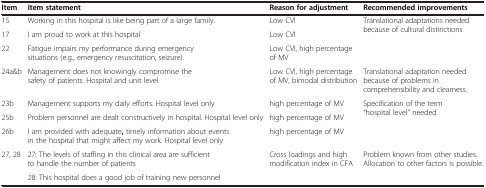
<table><thead><tr><td><b>Item</b></td><td><b>Item statement</b></td><td><b>Reason for adjustment</b></td><td><b>Recommended improvements</b></td></tr></thead><tbody><tr><td>15</td><td>Working in this hospital is like being part of a large family.</td><td>Low CVI</td><td rowspan="3">Translational adaptations needed because of cultural distinctions</td></tr><tr><td>17</td><td>I am proud to work at this hospital</td><td>Low CVI</td></tr><tr><td>22</td><td>Fatigue impairs my performance during emergency situations (e.g., emergency resuscitation, seizure).</td><td>Low CVI, high percentage of MV</td></tr><tr><td>24a&amp;b</td><td>Management does not knowingly compromise the safety of patients. Hospital and unit level</td><td>Low CVI, high percentage of MV, bimodal distribution</td><td>Translational adaptation needed because of problems in comprehensibility and clearness.</td></tr><tr><td>23b</td><td>Management supports my daily efforts. Hospital level only</td><td>high percentage of MV</td><td rowspan="3">Specification of the term “hospital level” needed</td></tr><tr><td>25b</td><td>Problem personnel are dealt constructively in hospital. Hospital level only</td><td>high percentage of MV</td></tr><tr><td>26b</td><td>I am provided with adequate<b>,</b> timely information about events in the hospital that might affect my work. Hospital level only</td><td>high percentage of MV</td></tr><tr><td>27, 28</td><td>27: The levels of staffing in this clinical area are sufficient to handle the number of patients</td><td>Cross loadings and high modification index in CFA</td><td>Problem known from other studies. Allocation to other factors is possible.</td></tr><tr><td> </td><td>28: This hospital does a good job of training new personnel</td><td> </td><td> </td></tr></tbody></table>